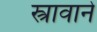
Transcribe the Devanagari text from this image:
स्त्रावाने